Civil Veterinary Department. Central Provinces & Berar 1925-31 - 1925-1931
Year: 1925
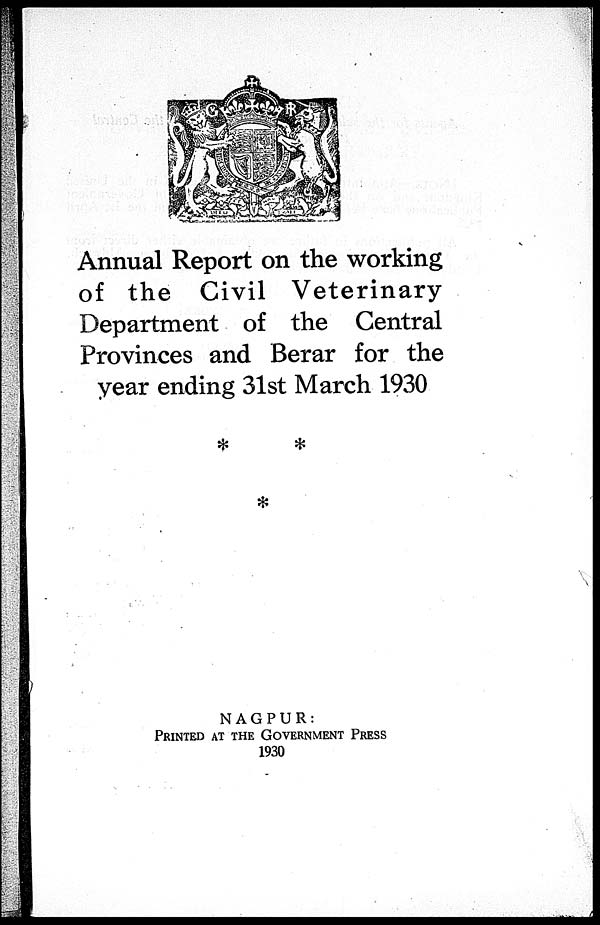
Annual Report on the working
of the Civil Veterinary
Department of the Central
Provinces and Berar for the
year ending 31st March 1930
NAGPUR:
PRINTED AT THE GOVERNMENT PRESS
1930